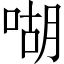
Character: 㗅